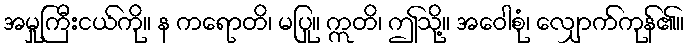
အမှုကြီးငယ်ကို။ န ကရောတိ၊ မပြု။ ဣတိ၊ ဤသို့။ အဝေါစုံ၊ လျှောက်ကုန်၏။